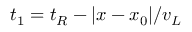
t _ { 1 } = t _ { R } - | x - x _ { 0 } | / v _ { L }